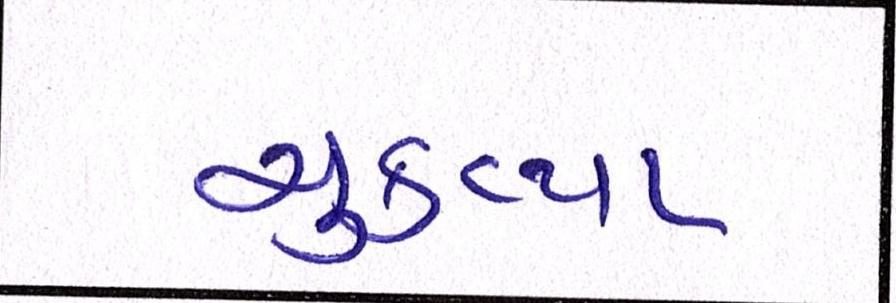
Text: ચુકવ્યા